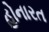
હોનારત